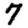
Digit: 7